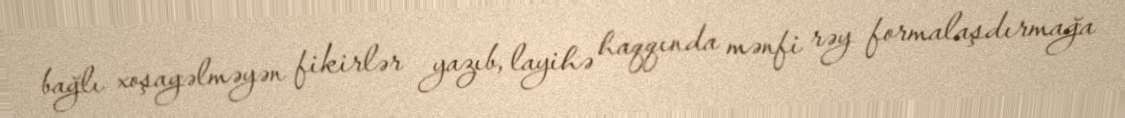
bağlı xoşagəlməyən fikirlər yazıb, layihə haqqında mənfi rəy formalaşdırmağa